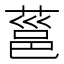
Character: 𮐞